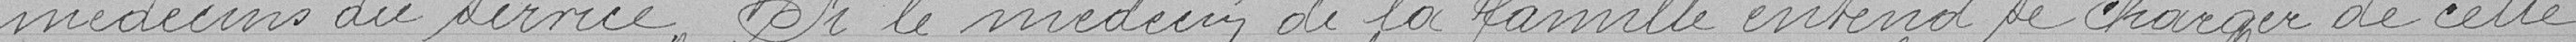
médecins du service. Si le médecin de la famille entend se charger de cette